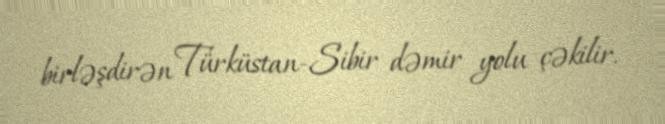
birləşdirən Türküstan-Sibir dəmir yolu çəkilir.